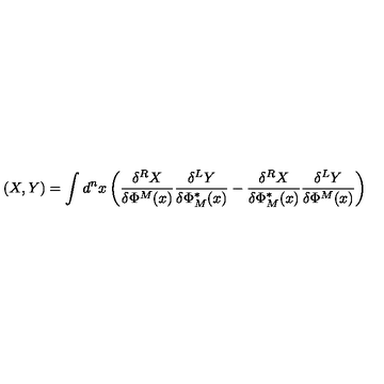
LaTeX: ( X , Y ) = \int d ^ { n } x \left( \frac { \delta ^ { R } X } { \delta \Phi ^ { M } ( x ) } \frac { \delta ^ { L } Y } { \delta \Phi _ { M } ^ { * } ( x ) } - \frac { \delta ^ { R } X } { \delta \Phi _ { M } ^ { * } ( x ) } \frac { \delta ^ { L } Y } { \delta \Phi ^ { M } ( x ) } \right)